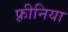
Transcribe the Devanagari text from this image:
फ़्रीनिया